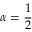
\alpha = \frac { 1 } { 2 }